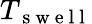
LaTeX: T_{\mathrm{~s~w~e~l~l~}}